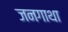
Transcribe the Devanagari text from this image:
जनगाथा